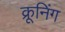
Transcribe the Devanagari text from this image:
क्रूनिंग